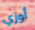
أوزي